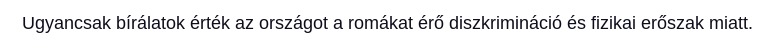
Ugyancsak bírálatok érték az országot a romákat érő diszkrimináció és fizikai erőszak miatt.